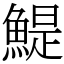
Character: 鯷